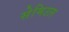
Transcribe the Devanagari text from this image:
सेमिउल